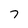
Character: 7